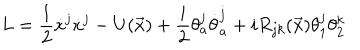
LaTeX: L = \displaystyle \frac { 1 } { 2 } \dot { x } ^ { j } \dot { x } ^ { j } - U ( \vec { x } ) + \displaystyle \frac { i } { 2 } \theta _ { a } ^ { j } \dot { \theta } _ { a } ^ { j } + i R _ { j k } ( \vec { x } ) \theta _ { 1 } ^ { j } \theta _ { 2 } ^ { k }